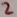
Text: 2